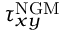
\tau _ { x y } ^ { \mathrm { { N G M } } }